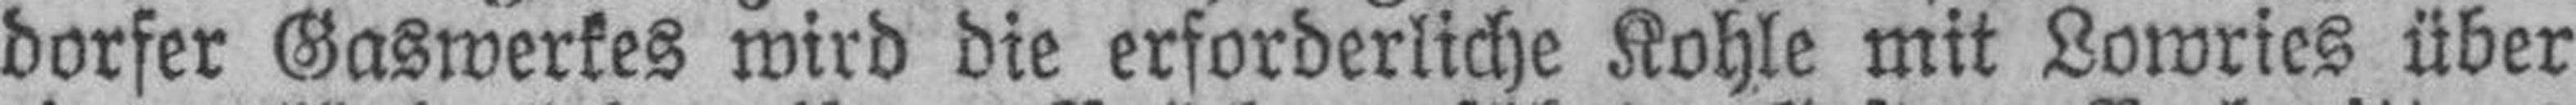
dorfer Gaswerkes wird die erforderliche Kohle mit Lowries über